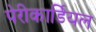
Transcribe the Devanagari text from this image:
पेरीकार्डियल